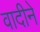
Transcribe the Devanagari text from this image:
वादीने